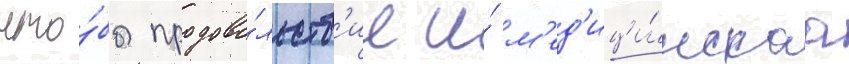
что́бы продово́льств'ие и́ м'ед'ици́нскаа